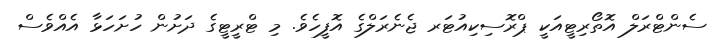
ސެންޓްރަލް އޮތޯރިޓީއަކީ ޕްރޮސިކިއުޓަރ ޖެނެރަލްގެ އޮފީހެވެ. މި ޓްރީޓީގެ ދަށުން ހުށަހަޅާ އެއްވެސް